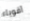
أقوياء